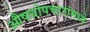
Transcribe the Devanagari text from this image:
औषधोपचारांमध्ये